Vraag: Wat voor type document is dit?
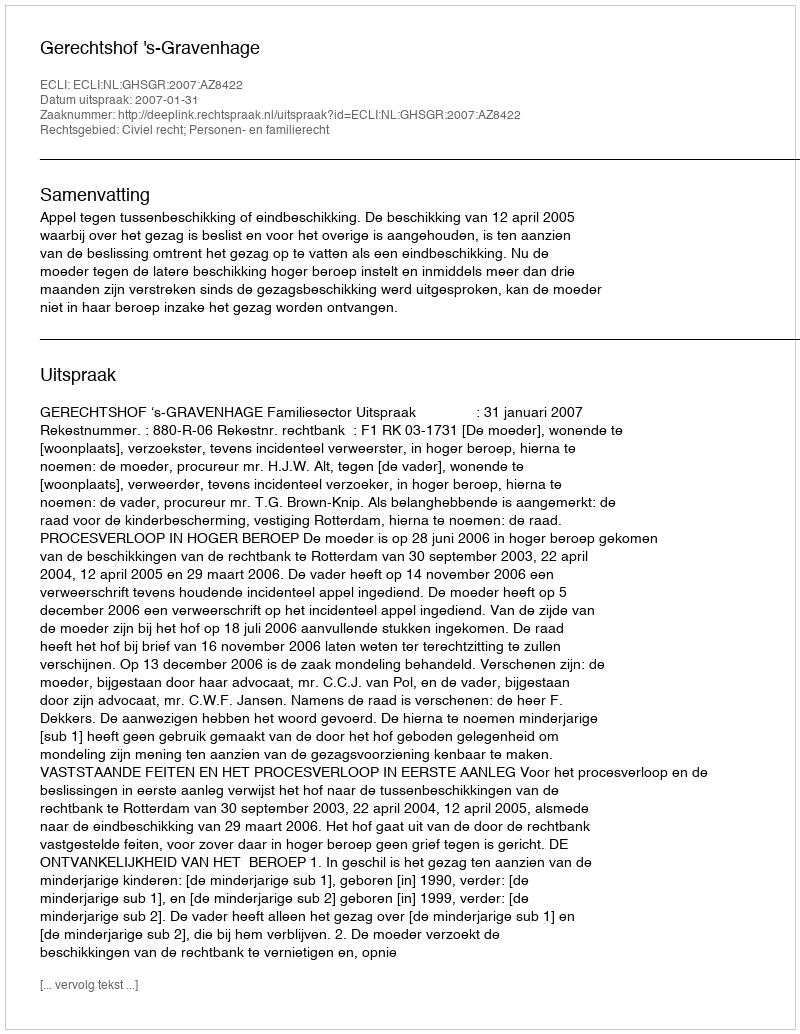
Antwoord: Uitspraak